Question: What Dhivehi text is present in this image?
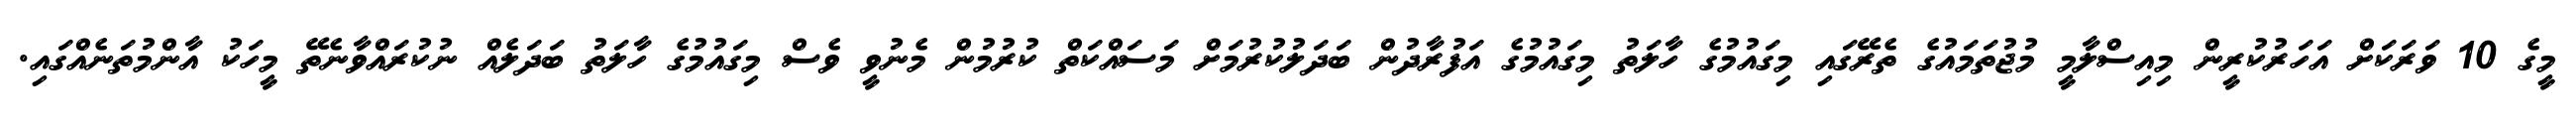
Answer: މީގެ 10 ވަރަކަށް އަހަރުކުރީން މިއިސްލާމީ މުޖުތަމައުގެ ތެރޭގައި މިގައުމުގެ ހާލަތު މިގައުމުގެ އަފުރާދުން ބަދަލުކުރުމަށް މަސައްކަތް ކުރުމުން މެނުވީ ވެސް މިގައުމުގެ ހާލަތު ބަދަލެއް ނުކުރައްވާނެތޭ މީހަކު އާންމުތަނެއްގައި.